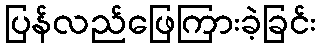
ပြန်လည်ဖြေကြားခဲ့ခြင်း